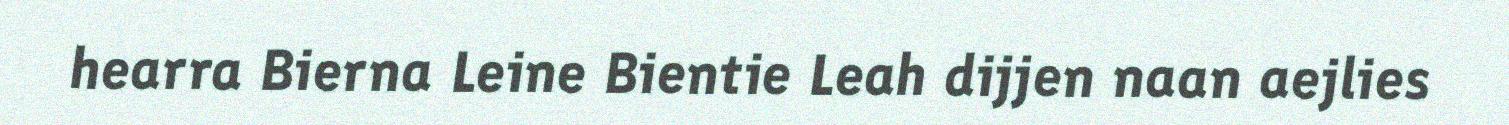
hearra Bierna Leine Bientie Leah dijjen naan aejlies